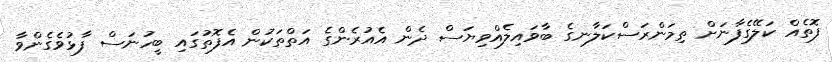
ފޮތެއް ކަލޭގެފާނަށް ތިމަންރަސްކަލާނގެ ބާވައިލެއްވިޔަސް ދެން އެއުރެންގެ އަތްތަކުން އެފޮތުގައި ބީހުނަސް ފާޅުވެގެންވާ